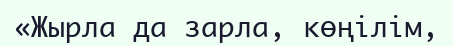
«Жырла да зарла, көңілім,